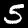
Digit: 5